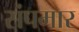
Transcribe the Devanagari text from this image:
संपमार